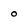
Character: o